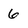
Character: 6